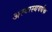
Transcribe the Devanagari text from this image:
अस्वास्थवर्धक